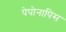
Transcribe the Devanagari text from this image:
पेपोनापिस